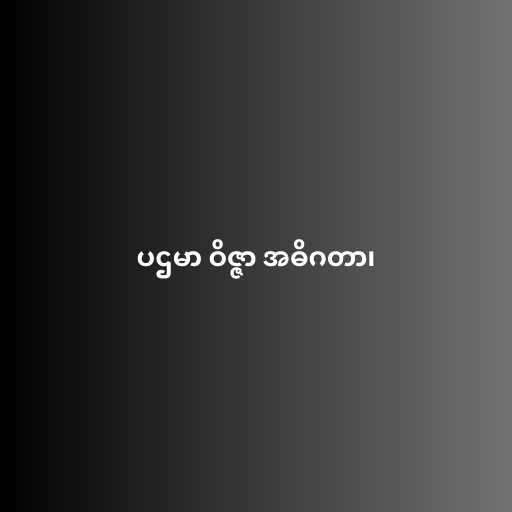
ပဌမာ ဝိဇ္ဇာ အဓိဂတာ၊